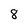
Character: 8